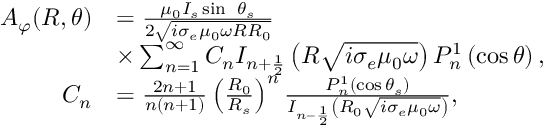
\begin{array} { r l } { A _ { \varphi } ( R , \theta ) } & { = \frac { \mu _ { 0 } I _ { s } \sin \ \theta _ { s } } { 2 \sqrt { i \sigma _ { e } \mu _ { 0 } \omega R R _ { 0 } } } } \\ & { \times \sum _ { n = 1 } ^ { \infty } C _ { n } { I _ { n + \frac { 1 } { 2 } } \left( R \sqrt { i \sigma _ { e } \mu _ { 0 } \omega } \right) P _ { n } ^ { 1 } } \left( \cos \theta \right) , } \\ { C _ { n } } & { = \frac { 2 n + 1 } { n ( n + 1 ) } \left( \frac { R _ { 0 } } { R _ { s } } \right) ^ { n } \frac { P _ { n } ^ { 1 } \left( \cos \theta _ { s } \right) } { I _ { n - \frac { 1 } { 2 } } \left( R _ { 0 } \sqrt { i \sigma _ { e } \mu _ { 0 } \omega } \right) } , } \end{array}